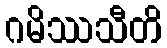
ဂမိဿသီတိ